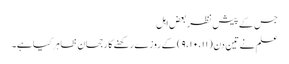
جس کے پیش نظر بعض اہل
علم نے تین دن (۹،۱۰،۱۱) کے روزے رکھنے کا رجحان ظاہر کیا ہے۔